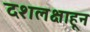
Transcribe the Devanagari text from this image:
दशलक्षाहून